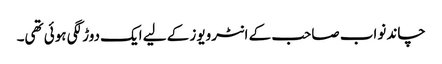
چاند نواب صاحب کے انٹرویوز کے لیے ایک دوڑ لگی ہوئی تھی۔